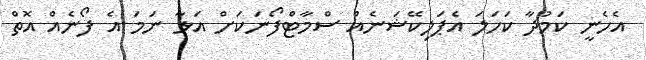
އެހެނީ ކަމުދާ ކަހަލަ އެޕަލިކޭޝަނެއް ސްމާޓްފޯނަކަށް އަޅާ ނަމަ އެ ފޯނެއް އޮތް